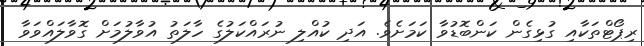
ރިޕޯޓްތަކާއި ގުޅިގެން ކަންބޮޑުވާ ކަމަށެވެ. އަދި ކުއްލި ނުރައްކަލުގެ ހާލަތު އުވާލުމަށް ގޮވާލައްވަވާ